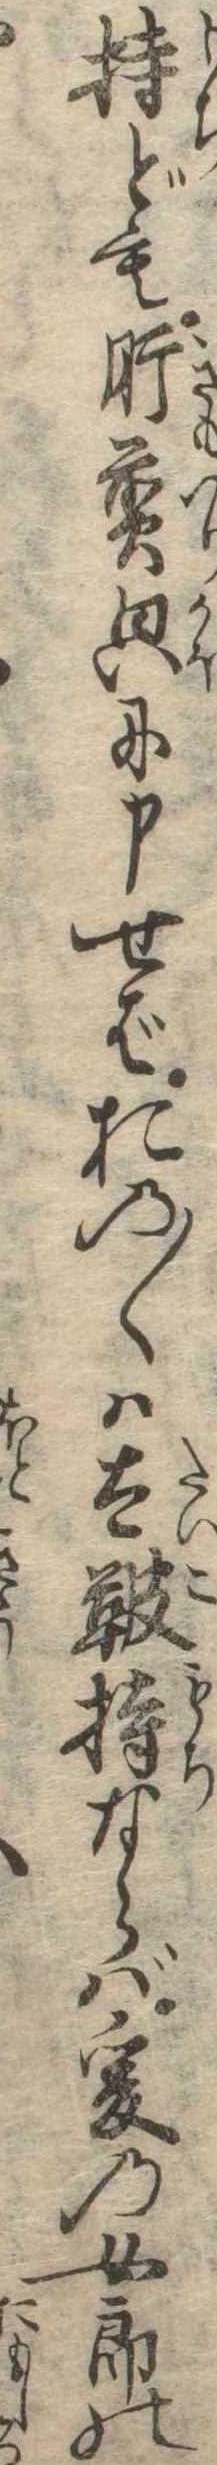
持ども肝煎に申せばおの〱は太鞁持ならば爰の女郎の